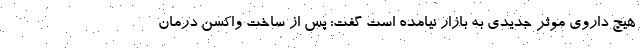
هیچ داروی موثر جدیدی به بازار نیامده است گفت: پس از ساخت واکسن درمان